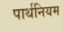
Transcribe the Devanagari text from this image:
पार्थनियम